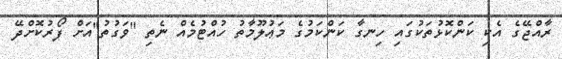
ރާއްޖޭގެ އެކި ކަންކޮޅުތަކުގައި ހިނގާ ކަންކަމުގެ މަޢުލޫމާތު ހުއްޓުމެއް ނެތި "ވަގުތު"އަށް ފޯރުކޮށްދޭ